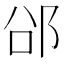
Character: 𮟲